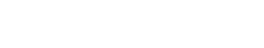
ကျွန်တော့်စာကို သူ့ဒေါ်လေး ပြသဗျ။